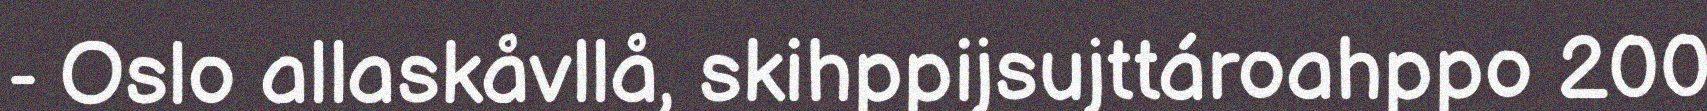
- Oslo allaskåvllå, skihppijsujttároahppo 200